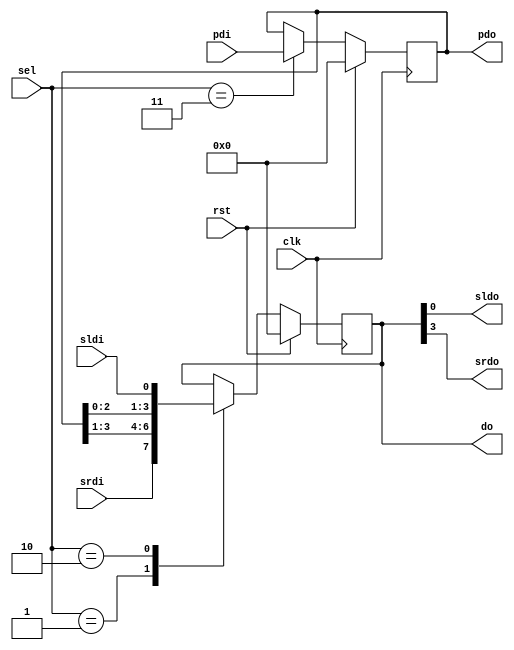
`timescale 1ns / 1ps
//////////////////////////////////////////////////////////////////////////////////
// Company: 
// Engineer: 
// 
// Design Name: 
// Module Name: E_4_USR
// Project Name: 
// Target Devices: 
// Tool Versions: 
// Description: 
// 
// Dependencies: 
// 
// Revision:
// Revision 0.01 - File Created
// Additional Comments:
// 
//////////////////////////////////////////////////////////////////////////////////


module E_4_USR(
  input clk, rst, 
  input [1:0] sel, // select
  input [3:0] pdi,  // parallel data in 
  input sldi,   // serial left data in
  input srdi,  // serial right data in
  output reg [3:0] pdo, //parallel data out
  output reg [3:0] do,
  output sldo, // serial left data out
  output srdo // serial right data out
);
  always@(posedge clk) 
  begin
    if(rst) 
    begin
    pdo<=0;
    do<=0;
  end
    else begin
      case(sel)
        2'h1: do <= {srdi,pdo[3:1]}; // Right Shift
        2'h2: do <= {pdo[2:0],sldi};  // Left Shift
        2'h3: pdo <= pdi; // PIPO
        default: do <= do; // Do nothing
      endcase
    end
  end
  assign sldo = do[0];
  assign srdo =do[3];
endmodule